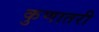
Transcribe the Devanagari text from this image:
कुणातरी